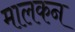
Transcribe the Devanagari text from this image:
मालकन